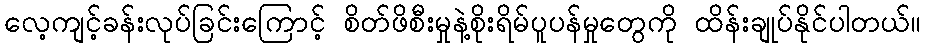
လေ့ကျင့်ခန်းလုပ်ခြင်းကြောင့် စိတ်ဖိစီးမှုနဲ့စိုးရိမ်ပူပန်မှုတွေကို ထိန်းချုပ်နိုင်ပါတယ်။